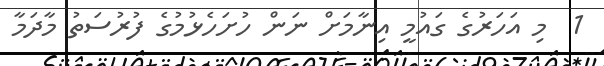
1  މި އަހަރުގެ ގައުމީ އިނާމަށް ނަން ހުށަހެޅުމުގެ ފުރުސަތު މާދަމާ